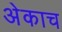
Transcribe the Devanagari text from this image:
अेकाच